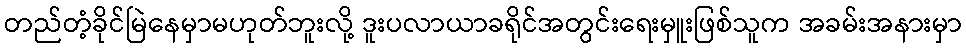
တည်တံ့ခိုင်မြဲနေမှာမဟုတ်ဘူးလို့ ဒူးပလာယာခရိုင်အတွင်းရေးမှူးဖြစ်သူက အခမ်းအနားမှာ